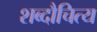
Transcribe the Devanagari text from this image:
शब्दौचित्य